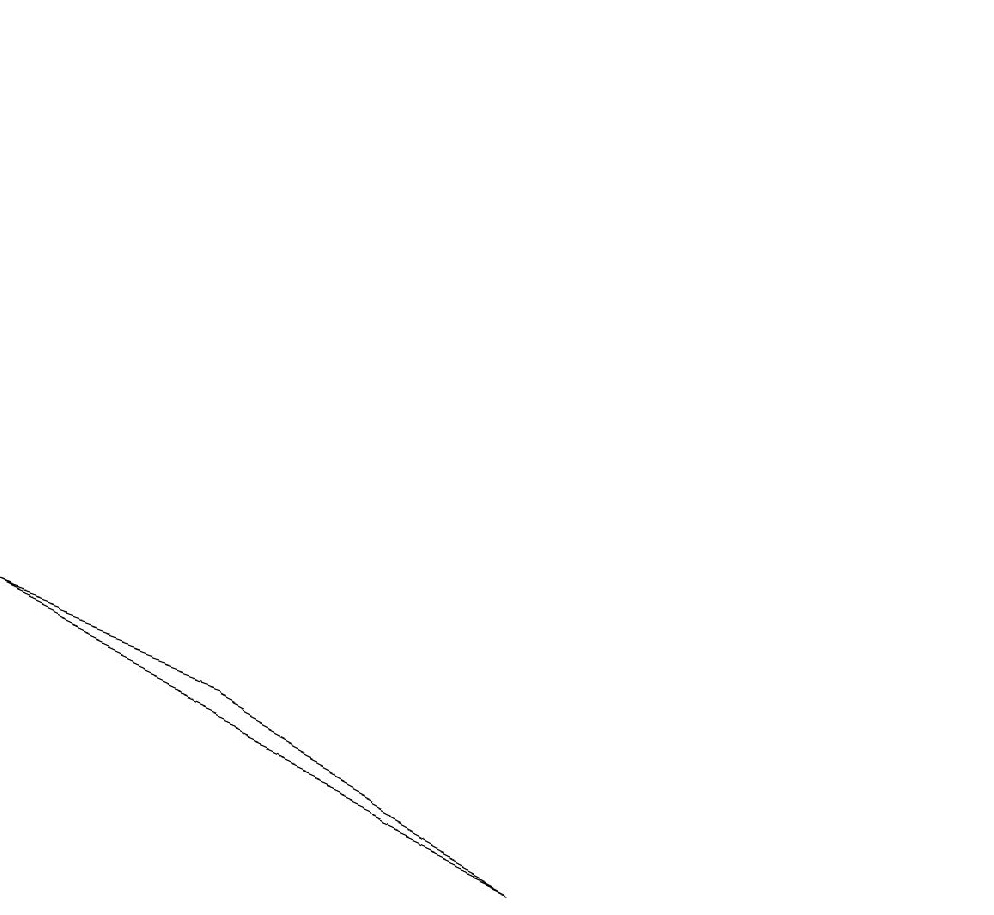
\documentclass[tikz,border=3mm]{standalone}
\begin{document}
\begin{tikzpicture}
\draw (3,3) -- (0,4) -- (7,1) -- cycle;
\draw (12,10) circle (0);
\draw (11,12) circle (0);
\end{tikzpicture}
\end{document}